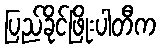
ပြည်ခိုင်ဖြိုးပါတီက